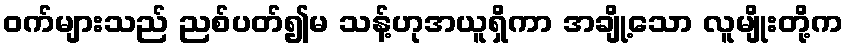
ဝက်များသည် ညစ်ပတ်၍မ သန့်ဟုအယူရှိကာ အချို့သော လူမျိုးတို့က